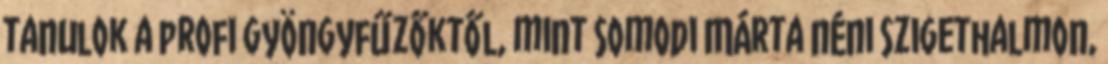
tanulok a profi gyöngyfűzőktől, mint Somodi Márta néni Szigethalmon,